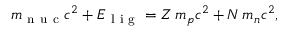
m _ { \mathrm { ~ n ~ u ~ c ~ } } c ^ { 2 } + E _ { \mathrm { ~ l ~ i ~ g ~ } } = Z \, m _ { p } c ^ { 2 } + N \, m _ { n } c ^ { 2 } ,